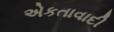
એકતાવાદી